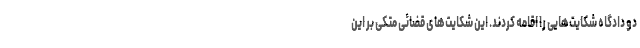
دو دادگاه شکایت‌هایی را اقامه کردند. این شکایت‌های قضائی متکی بر این